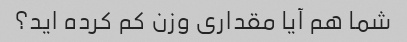
شما هم آیا مقداری وزن کم کرده اید؟